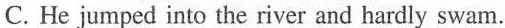
C. He jumped into the river and hardly swam.